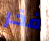
فخر